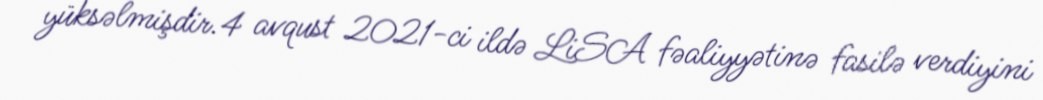
yüksəlmişdir.4 avqust 2021-ci ildə LiSA fəaliyyətinə fasilə verdiyini